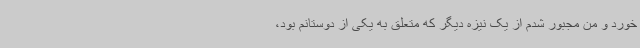
خورد و من مجبور شدم از یک نیزه دیگر که متعلق به یکی از دوستانم بود،